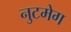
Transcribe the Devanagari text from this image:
नुटमेग